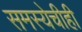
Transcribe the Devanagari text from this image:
समस्येचीही